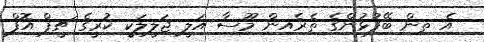
އެ ތިން ބޭފުޅުންގެ ތެރެއިން މޫސާ އަލީ ޖަލީލަކީ ކުރީގެ ޗީފް އޮފް